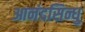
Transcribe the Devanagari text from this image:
आनंदसिन्धु